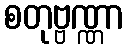
စတုဗ္ဗဏ္ဏာ